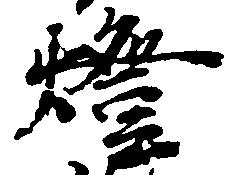
燈